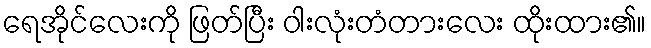
ရေအိုင်လေးကို ဖြတ်ပြီး ဝါးလုံးတံတားလေး ထိုးထား၏။